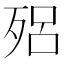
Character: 𣨕